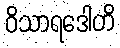
ဝိသာရဒေါတိ